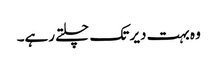
وہ بہت دیر تک چلتے رہے۔